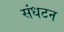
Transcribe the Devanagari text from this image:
संधटन